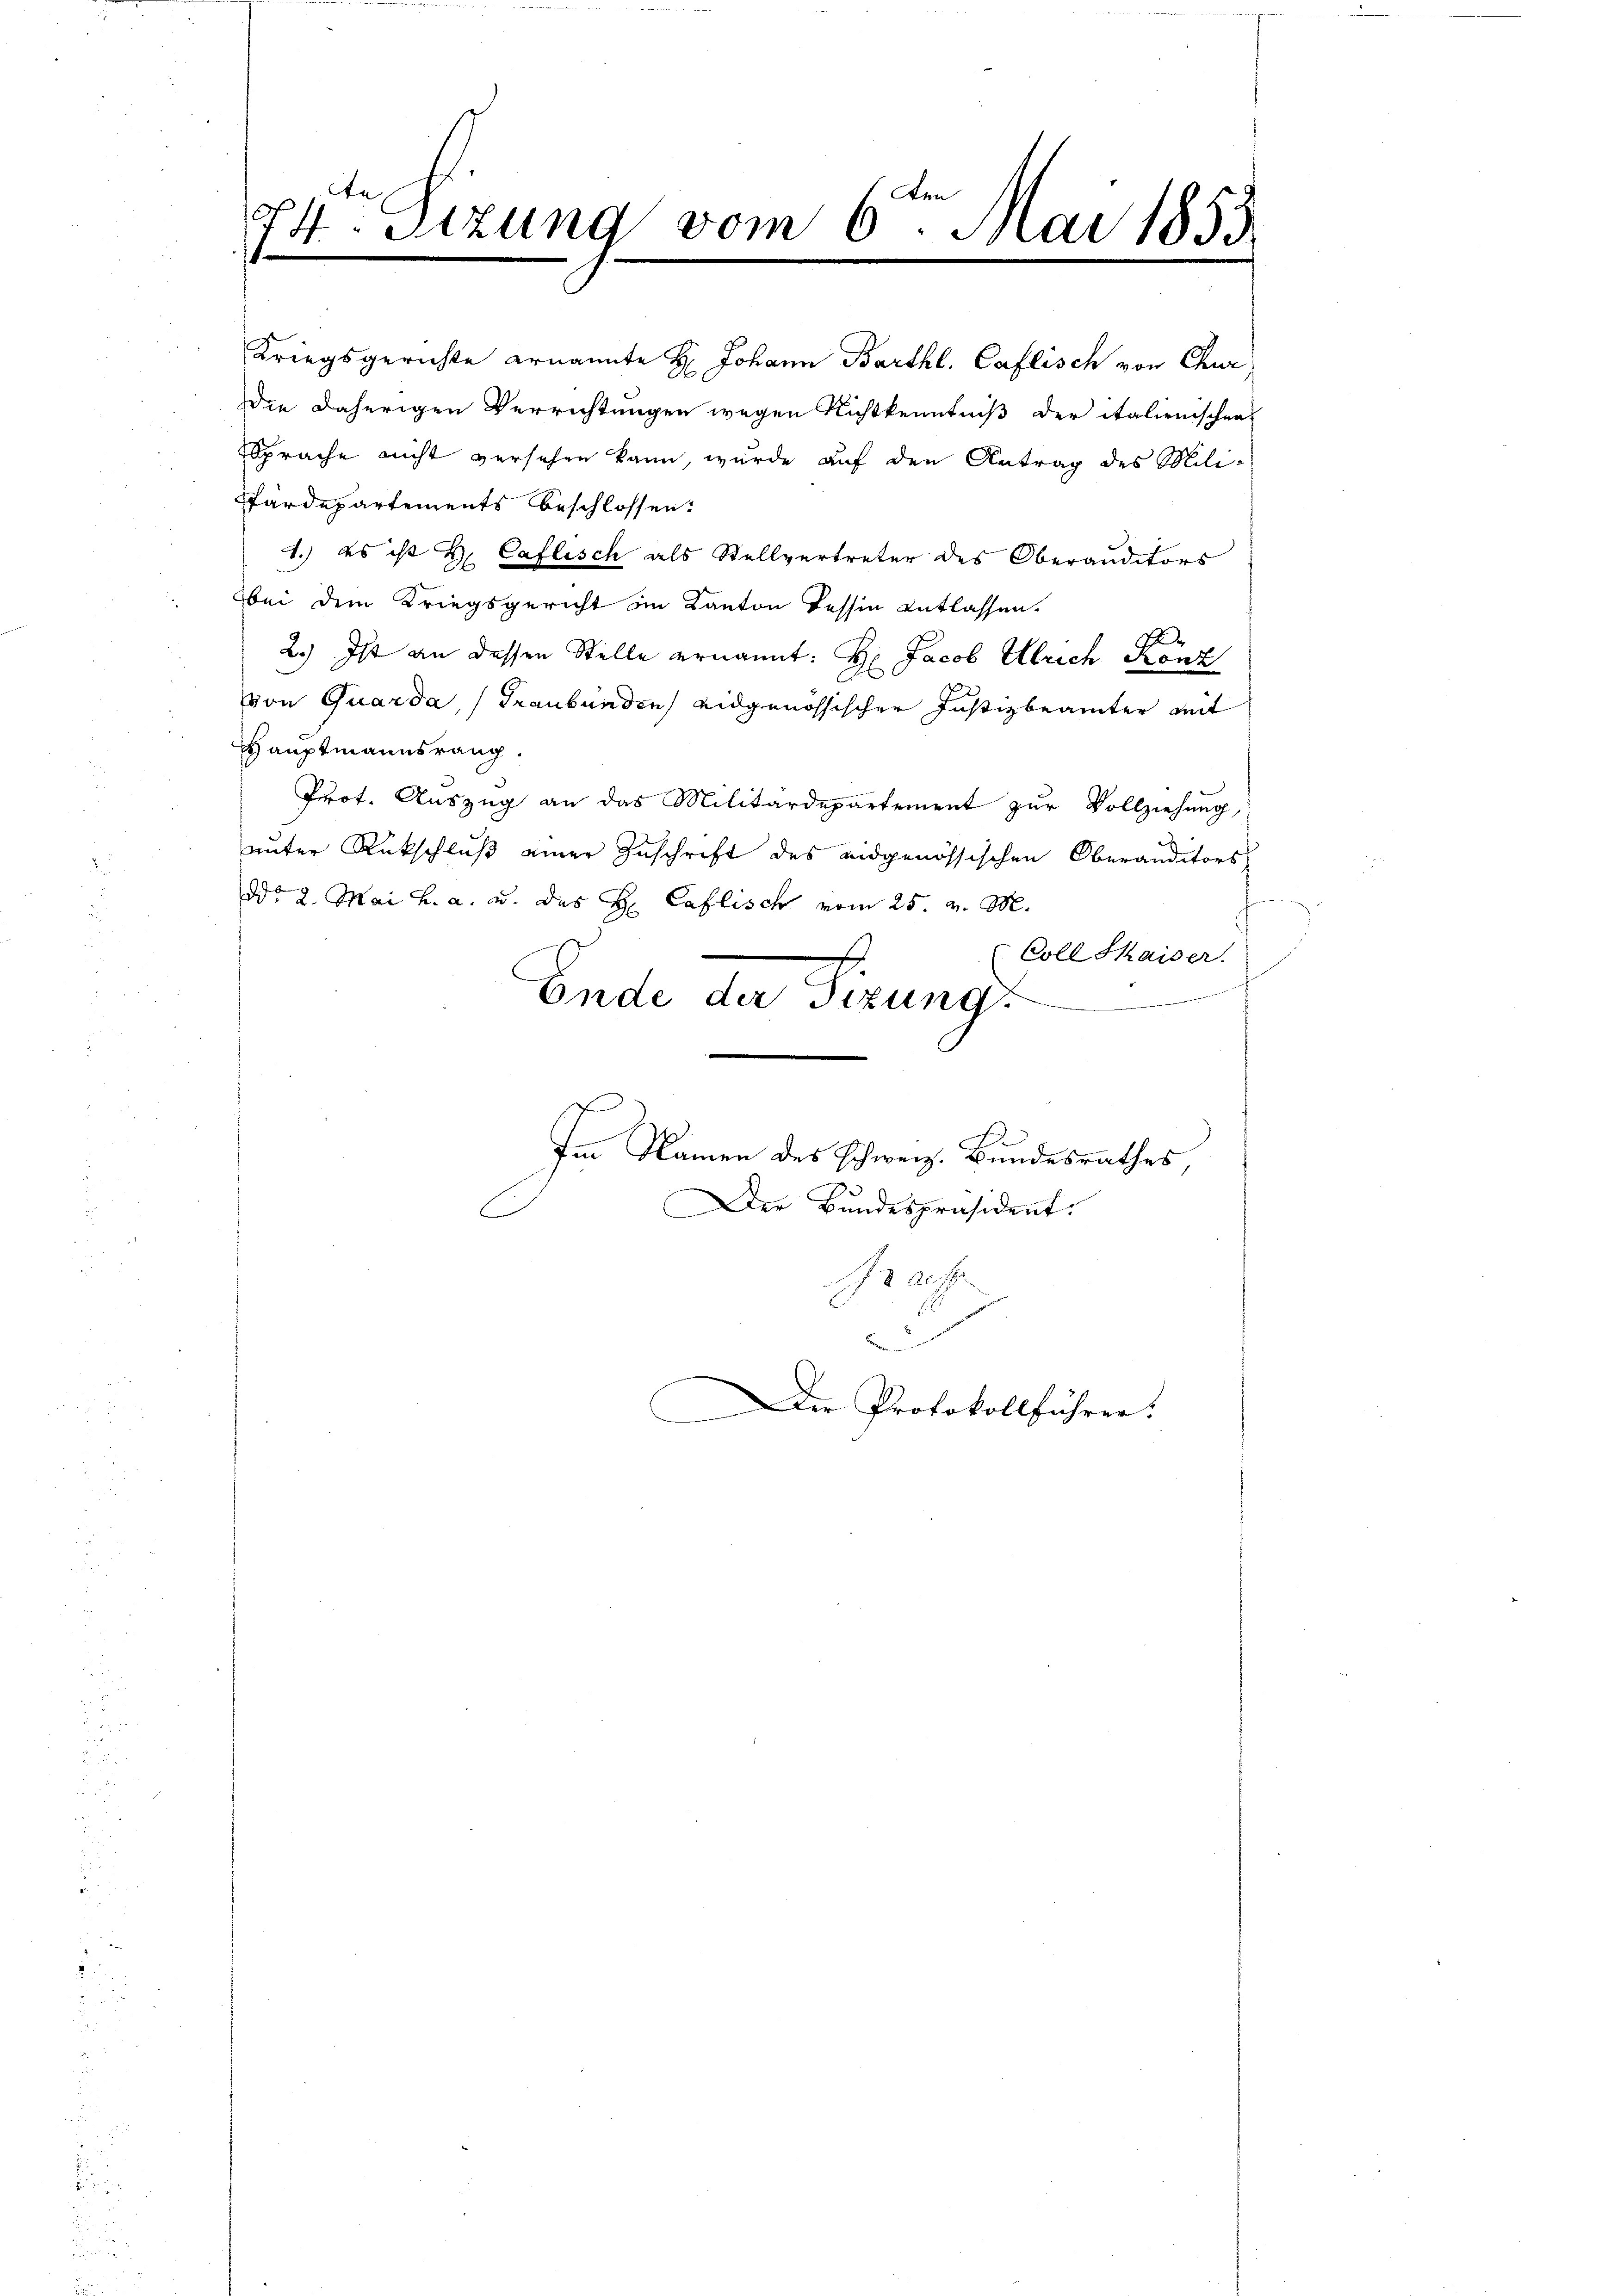
t
74. Sitzung vom 6. Mai 1853
f

1.) Es ist H. Caflisch als Stellvertreter des Oberauditors
bei dem Kriegsgericht im Kanton Tessin Entlassen.
2.) Ist an dessen Stelle ernannt: Hr. Jacob Ulrich Konz
von Quarda, Graubünden eidgenössischer Justizbeamter mit
Hauptmannsrang.
Prot. Auszug an das Militärdepartement zur Vollziehung,
unter Rückschluß einer Zuschrift des eidgenössischen Oberanditors
ddo 2. Mai h. a. u. des H Caflisch vom 25. v. M.
Coll Skaiser.
Ende der Sitzung
Im Namen des Schweiz. Bundesrathes,
Der Bundespräsident.
E
Gracht

Kriegsgerichte ernannte H. Johann Barthl. Caflisch von Chur,
ie daherigen Verrichtungen wegen Richtkenntniß der italienischen
Sprache nicht versehen kann, wurde auf den Antrag des Mili-
Pärdepartements beschlossen:

d
Die Protokollführer.